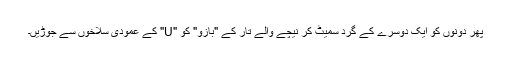
پھر دونوں کو ایک دوسرے کے گرد سمیٹ کر نیچے والے تار کے "بازو" کو "U" کے عمودی سلاخوں سے جوڑیں۔